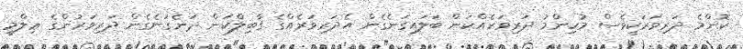
ކޮންމެ ދަރިވަރަކީވެސް މުހިންމު ދަރިވަރެއްކަން ބަލައިގަނެގެން އެދަރިވަރެއްގެ ޤާބިލްކަން ދަނެގަނެގެން ދަރިވަރުންގެ ޢިލްމީ